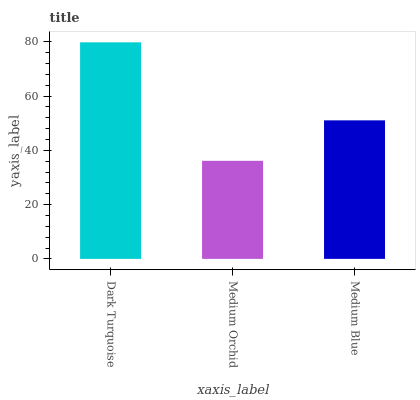
| xaxis_label | bars |
 | --- | --- |
 | Dark Turquoise | 79.8 |
 | Medium Orchid | 36.1 |
 | Medium Blue | 51 |